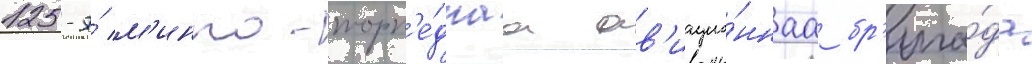
125-я́ м'инно-торп'е́днаа ав'иацио́ннаа бр'ига́да